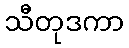
သီတုဒကာ